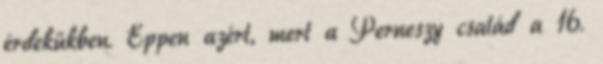
érdekükben. Éppen azért, mert a Perneszy család a 16.